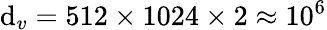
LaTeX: \mathrm{d}_{v}=512\times1024\times2\approx10^{6}